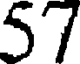
57